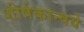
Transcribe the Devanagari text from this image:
शीर्षकान्वये